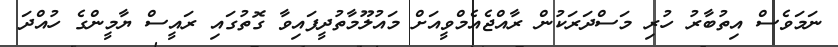
ނަމަވެސް އިތުބާރު ހުރި މަސްދަރަކުން ރާއްޖެއެމްވީއަށް މައުލޫމާތުދީފައިވާ ގޮތުގައި ރައީސް ޔާމީންގެ ހުއްދަ